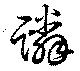
蹸